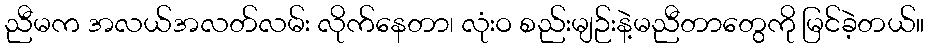
ညီမက အလယ်အလတ်လမ်း လိုက်နေတာ၊ လုံးဝ စည်းမျဉ်းနဲ့မညီတာတွေကို မြင်ခဲ့တယ်။